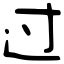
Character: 过